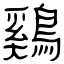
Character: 鷄